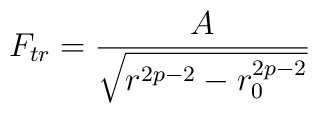
F_{tr} = \frac{A}{\sqrt{r^{2p-2} - r_0^{2p-2}}}